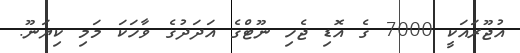
އުޖޫރައަކީ 7000 ގެ އޮޑި ޖެހި ނޫޓްގެ އަދަދުގެ ވާހަކަ މަމި ކިޔަނޫ.